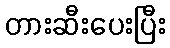
တားဆီးပေးပြီး